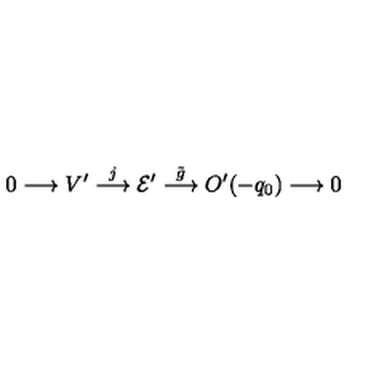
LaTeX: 0 \longrightarrow V ^ { \prime } \stackrel { j } { \longrightarrow } { \cal E ^ { \prime } } \stackrel { { \tilde { g } } } { \longrightarrow } O ^ { \prime } ( - q _ { 0 } ) \longrightarrow 0